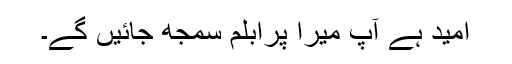
امید ہے آپ میرا پرابلم سمجھ جائیں گے۔